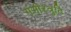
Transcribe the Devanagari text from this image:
गंभीरत्रुटि